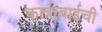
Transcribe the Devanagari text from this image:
कात्राबाईची